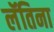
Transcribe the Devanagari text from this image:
लॅतिना